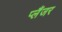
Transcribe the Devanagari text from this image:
प्लैंजर